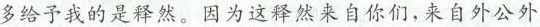
多给予我的是释然。因为这释然来自你们，来自外公外